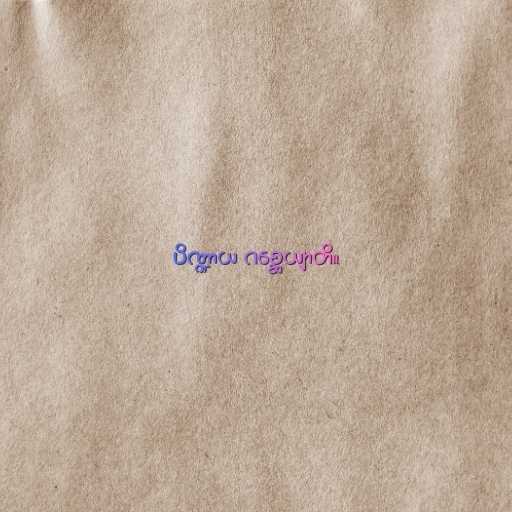
ပိဏ္ဍာယ ဂစ္ဆေယျာတိ။